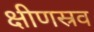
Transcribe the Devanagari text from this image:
क्षीणस्रव